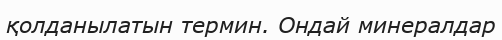
қолданылатын термин. Ондай минералдар